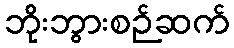
ဘိုးဘွားစဉ်ဆက်